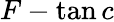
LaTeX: F-\tan c